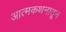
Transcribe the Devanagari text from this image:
आत्मकथनातून